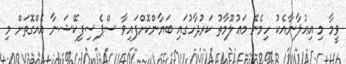
ވީމާ މި އިޢުލާނާއެކު ހިމެނޭ މަޢުލޫމާތު ކަރުދާހުގައި ބަޔާންކޮށްފައިވާ ސްޕެސިފިކޭޝަނާ އެއްގޮތަށް މި